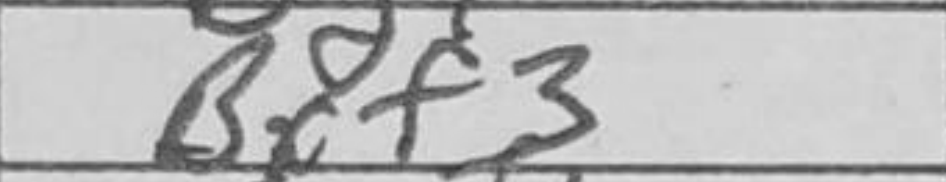
Transcription: Bxf3